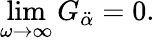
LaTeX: \operatorname*{lim}_{\omega\to\infty}G_{\ddot{\alpha}}=0.